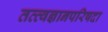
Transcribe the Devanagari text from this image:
तत्त्वज्ञानपरिषदा